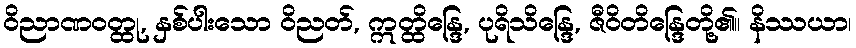
ဝိညာဏဝတ္ထု, နှစ်ပါးသော ဝိညတ်, ဣတ္ထိန္ဒြေ, ပုရိသိန္ဒြေ, ဇီဝိတိန္ဒြေတို့၏။ နိဿယာ၊